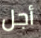
أجل